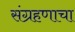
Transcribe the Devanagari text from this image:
संग्रहणाचा